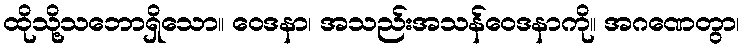
ထိုသို့သဘောရှိသော။ ဝေဒနာ၊ အသည်းအသန်ဝေဒနာကို။ အဂဏေတွာ၊